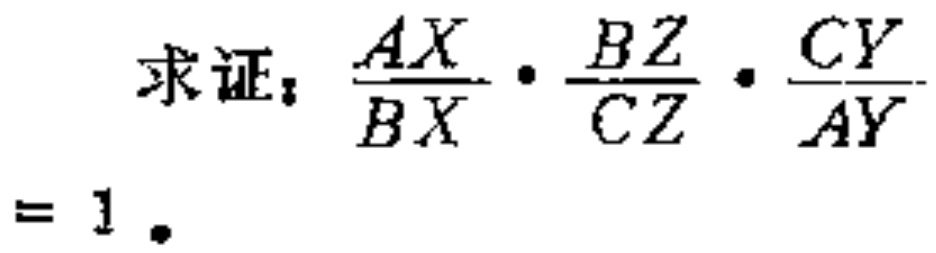
求证：\(\frac{AX}{BX}\cdot\frac{BZ}{CZ}\cdot\frac{CY}{AY}=1\)